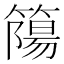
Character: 𥳜